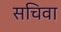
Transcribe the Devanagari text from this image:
सचिवा